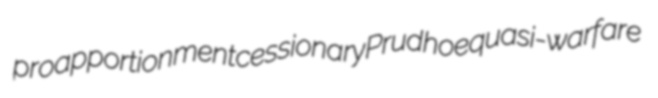
proapportionment cessionary Prudhoe quasi-warfare